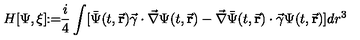
H [ \Psi , \xi ] \! \! : = \! \! \frac { i } { 4 } \int [ \bar { \Psi } ( t , \vec { \bf r } ) \vec { \gamma } \cdot \vec { \nabla } \Psi ( t , \vec { \bf r } ) - \vec { \nabla } \bar { \Psi } ( t , \vec { \bf r } ) \cdot \vec { \gamma } \Psi ( t , \vec { \bf r } ) ] d r ^ { 3 }